Report of the Municipal Commissioner on the plague in Bombay for the year ending 31st May... - Volume 1
Disease focus: Plague
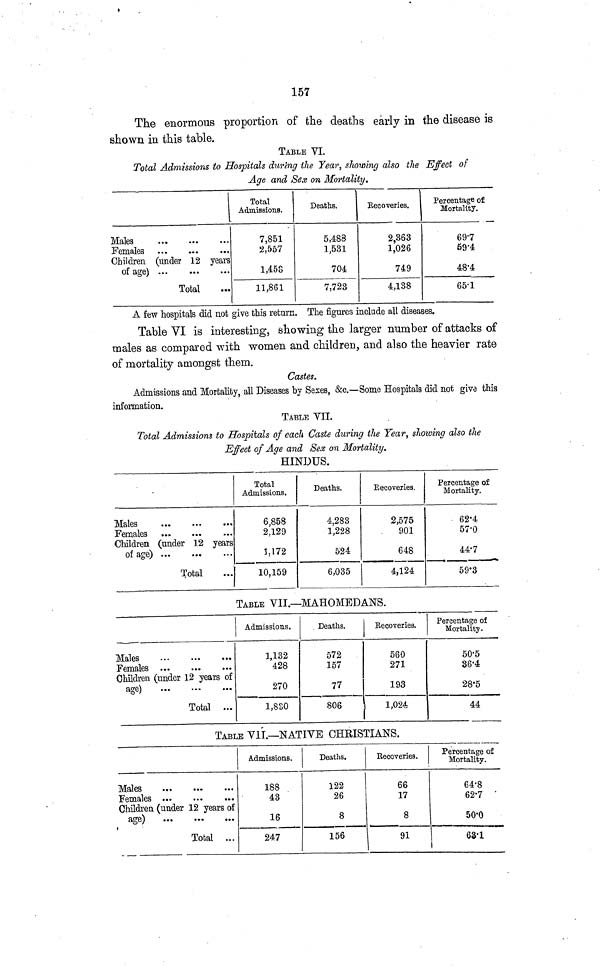
157
The enormous proportion of the deaths early in the disease is
shown in this table.
TABLE VI.
Total Admissions to Hospitals during the Year, showing also the Effect of
Age and Sex on Mortality.
Males
Females
Children (under 12 years
of age)
Total
Total
Admissions.
7,851
2,557
1,458
11,861
Deaths.
5,488
1,531
704
7,723
Recoveries.
2,363
1,026
749
4,138
Percentage of
Mortality.
69·7
69·4
48·4
65·1
A few hospitals did not give this return. The figures include all diseases.
Table VI is interesting, showing the larger number of attacks of
males as compared with women and children, and also the heavier rate
of mortality amongst them.
Castes.
Admissions and Mortality, all Diseases by Sexes, &c.—Some Hospitals did not give this
information.
TABLE VII.
Total Admissions to Hospitals of each Caste during the Year, showing also the
Effect of Age and Sex on Mortality.
HINDUS.
Males
Females
Children (under 12 years
of age)
Total
Total
Admissions.
6,858
2,129
1,172
10,159
Deaths.
4,283
1,228
524
6,035
Recoveries.
2,575
901
648
4,124
Percentage of
Mortality.
62·4
57·0
44·7
59·3
TABLE VII.—MAHOMEDANS.
Males
Females
Children (under 12 years of
age)
Total
Admissions.
1,132
428
270
1,830
Deaths.
572
157
77
806
Recoveries.
560
271
193
1,024
Percentage of
Mortality .
50·5
36·4
28·5
44
TABLE VII.—NATIVE CHRISTIANS.
Males
Females
Children (under 12 years of
age)
Total
Admissions.
188
43
16
247
Deaths.
122
26
8
156
Recoveries.
66
17
8
91
Percentage of
Mortality.
64·8
62·7
50·0
63·1